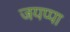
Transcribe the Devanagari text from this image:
जयप्पा